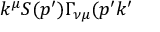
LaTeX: k ^ { \mu } S ( p ^ { \prime } ) \Gamma _ { \nu \mu } ( p ^ { \prime } k ^ { \prime }